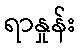
ရာနှုန်း